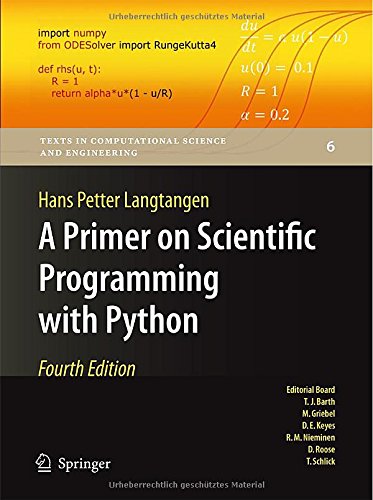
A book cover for A Primer on Scientific Programming with Python (Texts in Computational Science and Engineering); Hans Petter Langtangen; Computers & Technology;